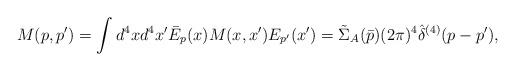
LaTeX: \begin{align*}M(p,p') = \int d^4x d^4x' \bar{E}_p(x) M(x,x') E_{p'}(x')= \tilde{\Sigma}_A(\bar{p}) (2 \pi)^4 \hat{\delta}^{(4)}(p-p'),\end{align*}